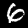
Digit: 6